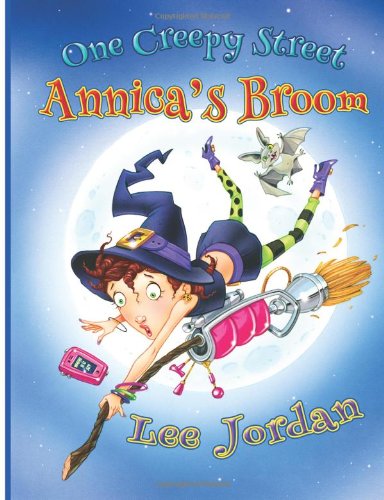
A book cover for One Creepy Street: Annica's Broom; Lee Jordan; Test Preparation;